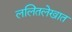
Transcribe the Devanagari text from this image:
ललितलेखात